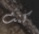
كنت